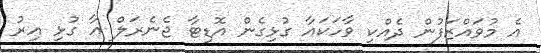
އެ މުވައްޒަފުން ދެއްކި ވާހަކައާ ގުޅިގެން އޮޑިޓާ ޖެނެރަލް އާ ގުޅި އިރު